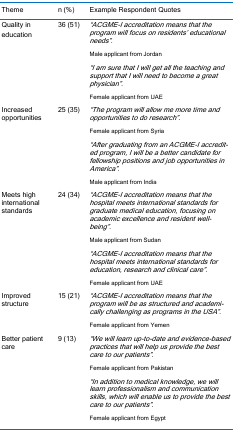
<table><thead><tr><td><b>Theme</b></td><td><b>n (%)</b></td><td><b>Example Respondent Quotes</b></td></tr></thead><tbody><tr><td>Quality ineducation</td><td>36 (51)</td><td><i>“ACGME-I accreditation means that the program will focus on residents’ educational needs”</i>.Male applicant from Jordan<i>“I am sure that I will get all the teaching and support that I will need to become a great physician”.</i>Female applicant from UAE</td></tr><tr><td>Increasedopportunities</td><td>25 (35)</td><td><i>“The program will allow me more time and opportunities to do research”.</i>Female applicant from Syria<i>“After graduating from an ACGME-I accredited program, I will be a better candidate for fellowship positions and job opportunities in America”.</i>Male applicant from India</td></tr><tr><td>Meets highinternational standards</td><td>24 (34)</td><td><i>“ACGME-I accreditation means that the hospital meets international standards for graduate medical education, focusing on academic excellence and resident well-being”.</i>Male applicant from Sudan<i>“ACGME-I accreditation means that the hospital meets international standards for education, research and clinical care”.</i>Female applicant from UAE</td></tr><tr><td>Improvedstructure</td><td>15 (21)</td><td><i>“ACGME-I accreditation means that the program will be as structured and academically challenging as programs in the USA”.</i>Female applicant from Yemen</td></tr><tr><td>Better patient care</td><td>9 (13)</td><td><i>“We will learn up-to-date and evidence-based practices that will help us provide the best care to our patients”.</i>Female applicant from Pakistan<i>“In addition to medical knowledge, we will learn professionalism and communication skills, which will enable us to provide the best care to our patients”.</i>Female applicant from Egypt </td></tr></tbody></table>